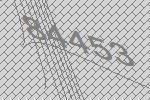
84453